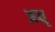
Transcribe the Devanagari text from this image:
अक्षू